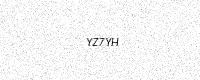
Text: YZ7YH